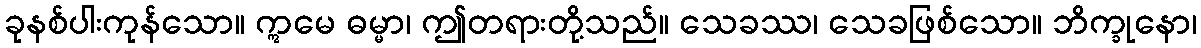
ခုနစ်ပါးကုန်သော။ ဣမေ ဓမ္မာ၊ ဤတရားတို့သည်။ သေခဿ၊ သေခဖြစ်သော။ ဘိက္ခုနော၊